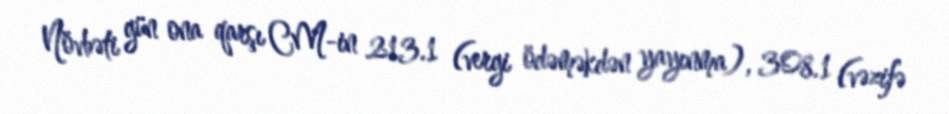
Növbəti gün ona qarşı CM-in 213.1 (vergi ödəməkdən yayınma), 308.1 (vəzifə